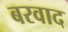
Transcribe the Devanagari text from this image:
बरवाद